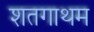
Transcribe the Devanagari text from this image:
शतगाथम